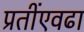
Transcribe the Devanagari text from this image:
प्रतींएवढा